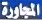
المجاورة